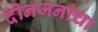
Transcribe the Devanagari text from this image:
दीनजनांचा